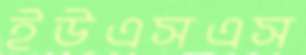
ইউএসএস